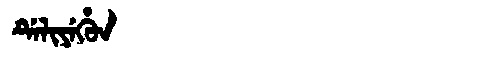
Manchu: ᡩᡝᠯᡳᠶᡝᡥᡠᠨ
Romanization: DELIYEHUN